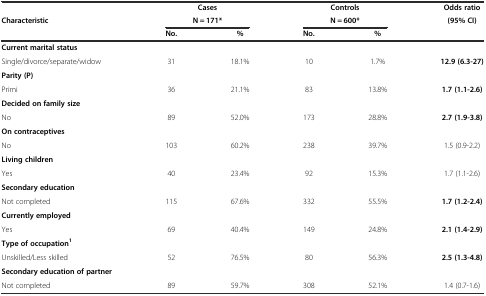
<table><thead><tr><td></td><td colspan="2"><b>Cases</b></td><td colspan="2"><b>Controls</b></td><td><b>Odds ratio</b></td></tr><tr><td><b>Characteristic</b></td><td colspan="2"><b>N = 171*</b></td><td colspan="2"><b>N = 600*</b></td><td><b>(95% CI)</b></td></tr><tr><td></td><td><b>No.</b></td><td><b>%</b></td><td><b>No.</b></td><td><b>%</b></td><td></td></tr></thead><tbody><tr><td><b>Current marital status</b></td><td></td><td></td><td></td><td></td><td></td></tr><tr><td>Single/divorce/separate/widow</td><td>31</td><td>18.1%</td><td>10</td><td>1.7%</td><td><b>12.9 (6.3-27)</b></td></tr><tr><td><b>Parity (P)</b></td><td></td><td></td><td></td><td></td><td></td></tr><tr><td>Primi</td><td>36</td><td>21.1%</td><td>83</td><td>13.8%</td><td><b>1.7 (1.1-2.6)</b></td></tr><tr><td><b>Decided on family size</b></td><td></td><td></td><td></td><td></td><td></td></tr><tr><td>No</td><td>89</td><td>52.0%</td><td>173</td><td>28.8%</td><td><b>2.7 (1.9-3.8)</b></td></tr><tr><td><b>On contraceptives</b></td><td></td><td></td><td></td><td></td><td></td></tr><tr><td>No</td><td>103</td><td>60.2%</td><td>238</td><td>39.7%</td><td>1.5 (0.9-2.2)</td></tr><tr><td><b>Living children</b></td><td></td><td></td><td></td><td></td><td></td></tr><tr><td>Yes</td><td>40</td><td>23.4%</td><td>92</td><td>15.3%</td><td>1.7 (1.1-2.6)</td></tr><tr><td><b>Secondary education</b></td><td></td><td></td><td></td><td></td><td></td></tr><tr><td>Not completed</td><td>115</td><td>67.6%</td><td>332</td><td>55.5%</td><td><b>1.7 (1.2-2.4)</b></td></tr><tr><td><b>Currently employed</b></td><td></td><td></td><td></td><td></td><td></td></tr><tr><td>Yes</td><td>69</td><td>40.4%</td><td>149</td><td>24.8%</td><td><b>2.1 (1.4-2.9)</b></td></tr><tr><td><b>Type of occupation</b><sup><b>1</b></sup></td><td></td><td></td><td></td><td></td><td></td></tr><tr><td>Unskilled/Less skilled</td><td>52</td><td>76.5%</td><td>80</td><td>56.3%</td><td><b>2.5 (1.3-4.8)</b></td></tr><tr><td><b>Secondary education of partner</b></td><td></td><td></td><td></td><td></td><td></td></tr><tr><td>Not completed</td><td>89</td><td>59.7%</td><td>308</td><td>52.1%</td><td>1.4 (0.7-1.6)</td></tr></tbody></table>